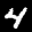
Label: 4